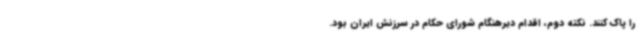
را پاک کنند. نکته دوم، اقدام دیرهنگام شورای حکام در سرزنش ایران بود.